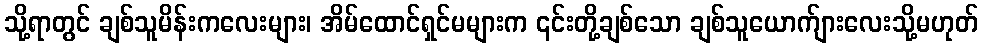
သို့ရာတွင် ချစ်သူမိန်းကလေးများ၊ အိမ်ထောင်ရှင်မများက ၎င်းတို့ချစ်သော ချစ်သူယောက်ျားလေးသို့မဟုတ်